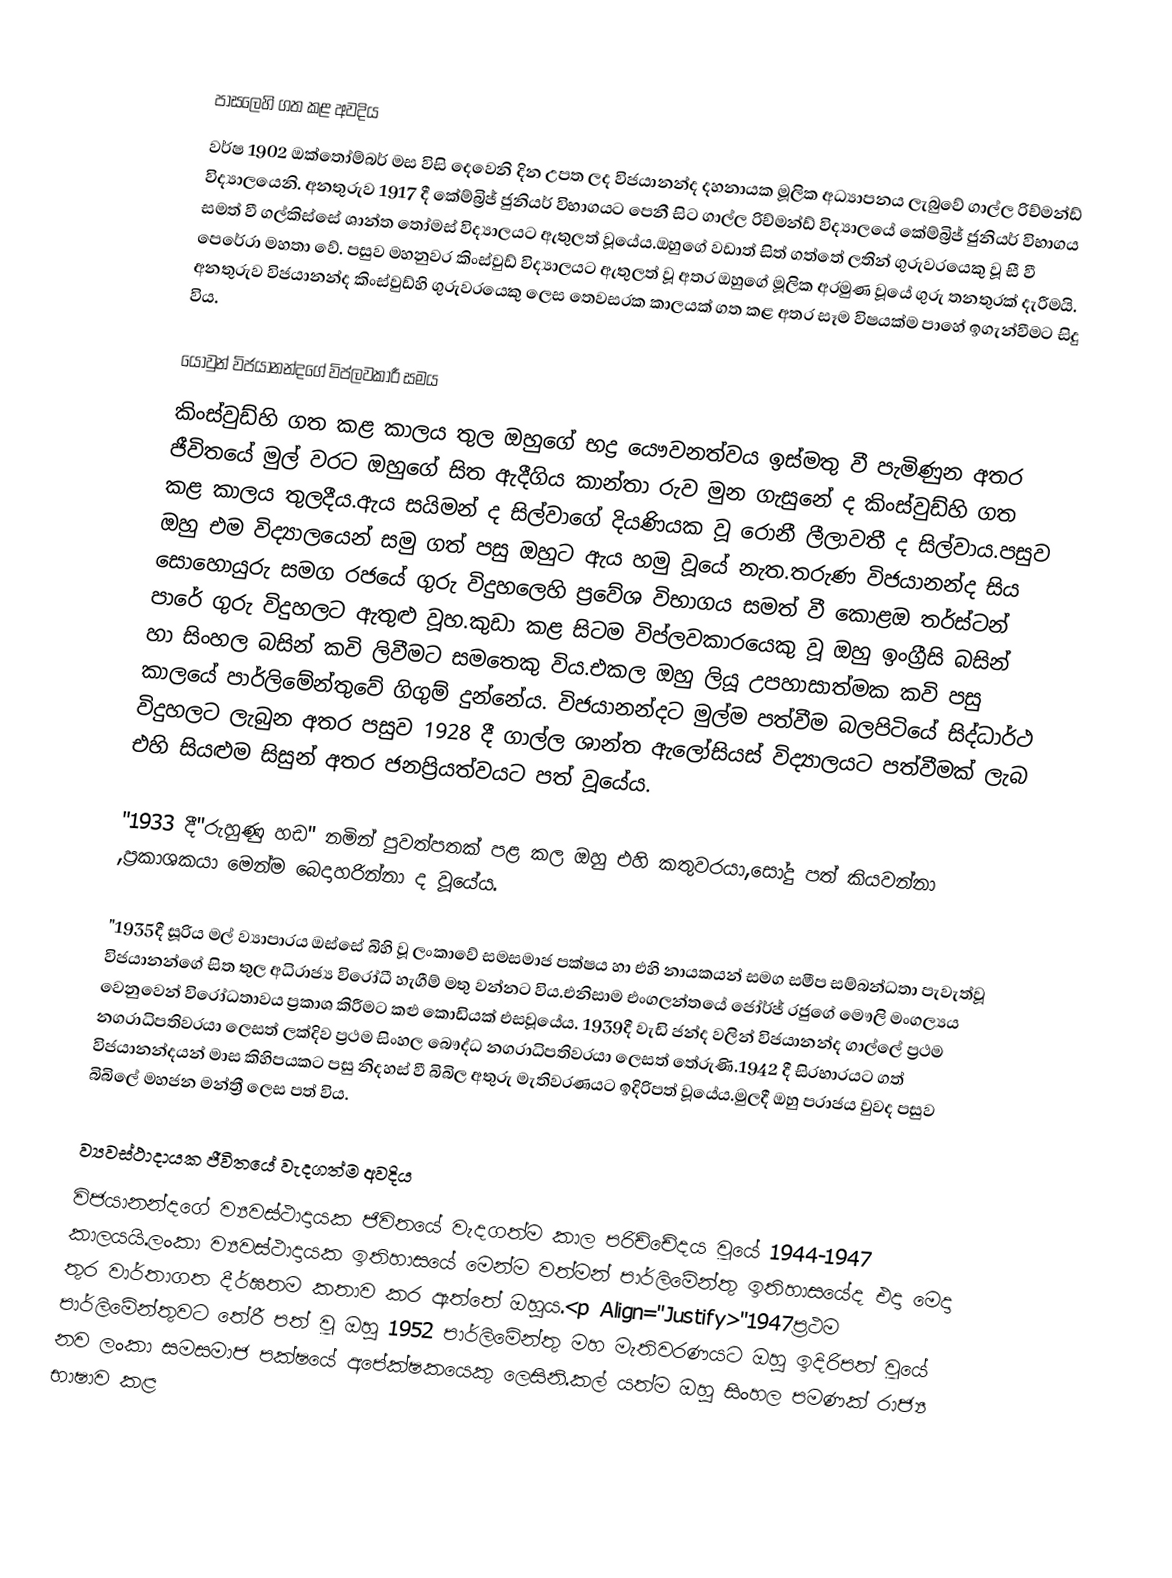

පාසලෙහි  ගත කළ  අවදිය
වර්ෂ 1902 ඔක්තෝම්බර්  මස විසි දෙව‍ෙනි දින උපත ලද විජයානන්ද දහනායක මූලික අධ්‍යාපනය ලැබුවේ  ගාල්ල රිච්මන්ඩ්  විද්‍යාලයෙනි. අනතුරුව 1917 දී කේම්බ්‍රිජ් ජුනියර් විභාගයට පෙනී සිට ගාල්ල රිච්මන්ඩ්  විද්‍යාලයේ කේම්බ්‍රිජ් ජුනියර් විභාගය සමත් වී ගල්කිස්සේ ශාන්ත තෝමස් විද්‍යාලයට ඇතුලත් වූයේය.ඔහුගේ වඩාත් සිත් ගත්තේ ලතින් ගුරුවරයෙකු වූ සී වී පෙරේරා මහතා වේ. පසුව මහනුවර කිංස්වුඩ් විද්‍යාලයට ඇතුලත් වූ අතර ඔහුගේ මූලික අරමුණ වූයේ ගුරු තනතුරක් දැරීමයි. අනතුරුව විජයානන්ද කිංස්වුඩ්හි ගුරුවරයෙකු ලෙස තෙවසරක කාලයක් ගත කළ අතර සෑම විෂයක්ම පාහේ ඉගැන්වීමට සිදු විය.

යොවුන් විජයානන්දගේ විප්ලවකාරී සමය
කිංස්වුඩ්හි ගත කළ කාලය තුල ඔහුගේ භද්‍ර යෞවනත්වය ඉස්මතු වී පැමිණුන අතර ජීවිතයේ මුල් වරට ඔහුගේ සිත ඇදීගිය කාන්තා රුව මුන ගැසුනේ ද කිංස්වුඩ්හි ගත කළ කාලය තුලදීය.ඇය සයිමන් ද සිල්වාගේ දියණියක වූ රොනී ලීලාවතී ද සිල්වාය.පසුව ඔහු එම විද්‍යාලයෙන් සමු ගත් පසු ඔහුට ඇය හමු වූයේ නැත.තරුණ විජයානන්ද සිය සොහොයුරු සමග රජයේ ගුරු විදුහලෙහි ප්‍රවේශ විභාගය සමත් වී කොළඔ තර්ස්ටන් පාරේ ගුරු විදුහලට ඇතුළු වූහ.කුඩා කළ සිටම විප්ලවකාරයෙකු වූ ඔහු ඉංග්‍රීසි බසින් හා සිංහල බසින් කවි ලිවීමට සමතෙකු විය.එකල ඔහු ලියූ උපහාසාත්මක කවි පසු කාලයේ පාර්ලිමේන්තු‍වේ ගිගුම් දුන්නේය.   විජයානන්දට මුල්ම පත්වීම බලපිටියේ සිද්ධාර්ථ විදුහලට ලැබුන අතර පසුව 1928 දී ගාල්ල ශාන්ත ඇලෝසියස් විද්‍යාලයට පත්වීමක් ලැබ එහි සියළුම සිසුන් අතර ජනප්‍රියත්වයට පත් වූයේය.

"1933 දී"රුහුණු හඩ" නමින් පුවත්පතක් පළ කල ඔහු  එහි කතුවරයා‍,සෝදු පත් කියවන්නා ,ප්‍රකාශකයා මෙන්ම බෙදාහරින්නා ද වූයේය.

"1935දී සූරිය මල් ව්‍යාපාරය ඔස්සේ බිහි වූ ලංකාවේ සමසමාජ පක්ෂය හා එහි නායකයන් සමග සමීප සම්බන්ධතා පැවැත්වූ විජයානන්ගේ සිත තුල අධිරාජ්‍ය විරෝධී හැගීම් මතු වන්නට විය.එනිසාම එංගලන්තයේ ජෝර්ජ් රජුගේ මෞලි මංගල්‍යය වෙනුවෙන් විරෝධතාවය ප්‍රකාශ කිරීමට කළු කොඩියක් එසවූයේය. 1939දී වැඩි ජන්ද වලින් විජයානන්ද ගාල්ලේ ප්‍රථම නගරාධිපතිවරයා ලෙසත් ලක්දිව ප්‍රථම සිංහල බෞද්ධ නගරාධිපතිවරයා ලෙසත් තේරුණි.1942 දී සිරභාරයට ගත් විජයානන්ද‍යන් මාස  කිහිපයකට පසු නිදහස් වී බිබිල අතුරු මැතිවරණයට ඉදිරිපත් වූයේය.මුලදී ඔහු පරාජය වුවද පසුව බිබිලේ මහජන මන්ත්‍රී ලෙස පත් විය.

ව්‍යවස්ථාදායක ජීවිතයේ වැදගත්ම අවදිය
විජයානන්දගේ ව්‍යවස්ථාදායක ජිවිතයේ වැදගත්ම කාල පරිච්චේදය වූයේ 1944-1947 කාලයයි.ලංකා ව්‍යවස්ථාදායක ඉතිහාසයේ මෙන්ම වත්මන් පාර්ලිමේන්තු ඉතිහාසයේද එදා මෙදා තුර වාර්තාගත දීර්ඝතම කතාව කර ඇත්තේ ඔහුය.<p Align="Justify>"1947ප්‍රථම පාර්ලිමේන්තුවට තේරී පත් වූ ඔහු 1952 පාර්ලිමේන්තු  මහ මැතිවරණයට ඔහු ඉදිරිපත් වූයේ නව ලංකා සමසමාජ පක්ෂයේ අපේක්ෂකයෙකු ලෙසිනි.කල් යත්ම ඔහු සිංහල පමණක් රාජ්‍ය භාෂාව කළ